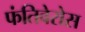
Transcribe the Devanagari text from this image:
फंतिवेरोस